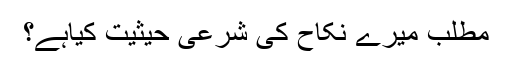
مطلب میرے نکاح کی شرعی حیثیت کیاہے؟